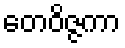
တေဝိဇ္ဇကာ